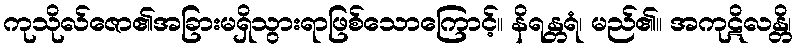
ကုသိုလ်ဇော၏အခြားမရှိသွားရာဖြစ်သောကြောင့်။ နိရန္တရံ၊ မည်၏။ အကုဋိလန္တိ၊